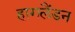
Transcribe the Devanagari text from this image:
हागलैंडन